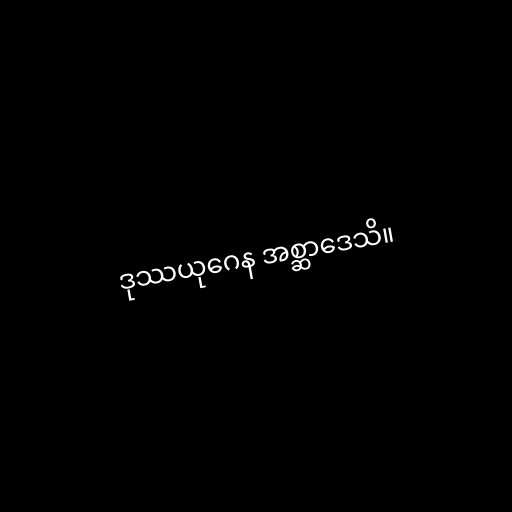
ဒုဿယုဂေန အစ္ဆာဒေသိ။